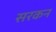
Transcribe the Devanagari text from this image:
सरकन